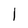
Character: l